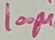
Text: 100µ